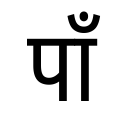
OCR:
पाँ